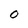
Character: O